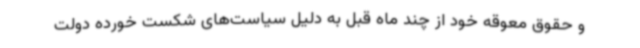
و حقوق‌ معوقه‌ خود از چند ماه قبل به دلیل سیاست‌های شکست خورده دولت